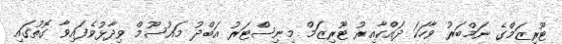
ޓޫރިޒަމްގެ ނަމްބަރު ވާހަކަ ދައްކާއިރު ޓޫރިޒަމް މިނިސްޓަރު އަބްދު މައުސޫމް ވިދާޅުވެފައިވާ ގޮތުގައި